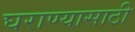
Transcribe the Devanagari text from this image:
घराण्यासाठी